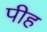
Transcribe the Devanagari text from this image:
पीह